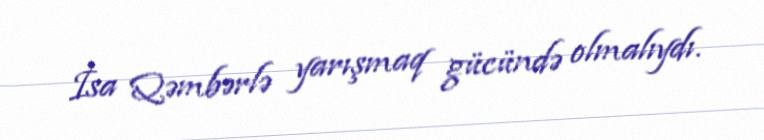
İsa Qəmbərlə yarışmaq gücündə olmalıydı.